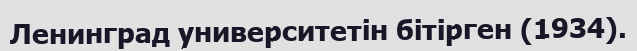
Ленинград университетін бітірген (1934).